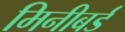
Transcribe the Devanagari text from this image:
मिनीबर्ड